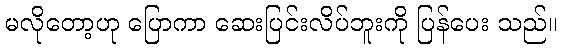
မလိုတော့ဟု ပြောကာ ဆေးပြင်းလိပ်ဘူးကို ပြန်ပေး သည်။